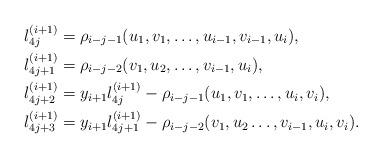
LaTeX: \begin{align*}l_{4j}^{(i+1)}&=\rho_{i-j-1}(u_1,v_1,\ldots,u_{i-1},v_{i-1},u_i),\\l_{4j+1}^{(i+1)}&=\rho_{i-j-2}(v_1,u_2,\ldots,v_{i-1},u_i),\\l_{4j+2}^{(i+1)}&=y_{i+1}l_{4j}^{(i+1)}-\rho_{i-j-1}(u_1,v_1,\ldots,u_i,v_i),\\l_{4j+3}^{(i+1)}&=y_{i+1}l_{4j+1}^{(i+1)}-\rho_{i-j-2}(v_1,u_2\ldots,v_{i-1},u_i,v_i).\end{align*}